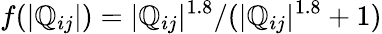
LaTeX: f(|\mathbb{Q}_{ij}|)=|\mathbb{Q}_{ij}|^{1.8}/(|\mathbb{Q}_{ij}|^{1.8}+1)